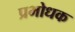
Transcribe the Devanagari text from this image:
प्रभोधक